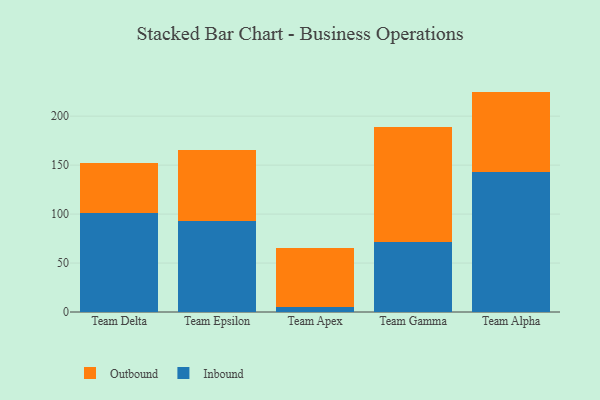
{"axis": {"x": "Team", "y": "Demand Index"}, "legend": ["Inbound", "Outbound"], "data": [{"x": "Team Delta", "y": 101.2, "type": "Inbound"}, {"x": "Team Delta", "y": 51.3, "type": "Outbound"}, {"x": "Team Epsilon", "y": 92.7, "type": "Inbound"}, {"x": "Team Epsilon", "y": 73.0, "type": "Outbound"}, {"x": "Team Apex", "y": 5.0, "type": "Inbound"}, {"x": "Team Apex", "y": 60.3, "type": "Outbound"}, {"x": "Team Gamma", "y": 71.6, "type": "Inbound"}, {"x": "Team Gamma", "y": 117.2, "type": "Outbound"}, {"x": "Team Alpha", "y": 142.6, "type": "Inbound"}, {"x": "Team Alpha", "y": 82.5, "type": "Outbound"}]}